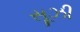
સૂઝી